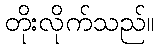
တိုးလိုက်သည်။